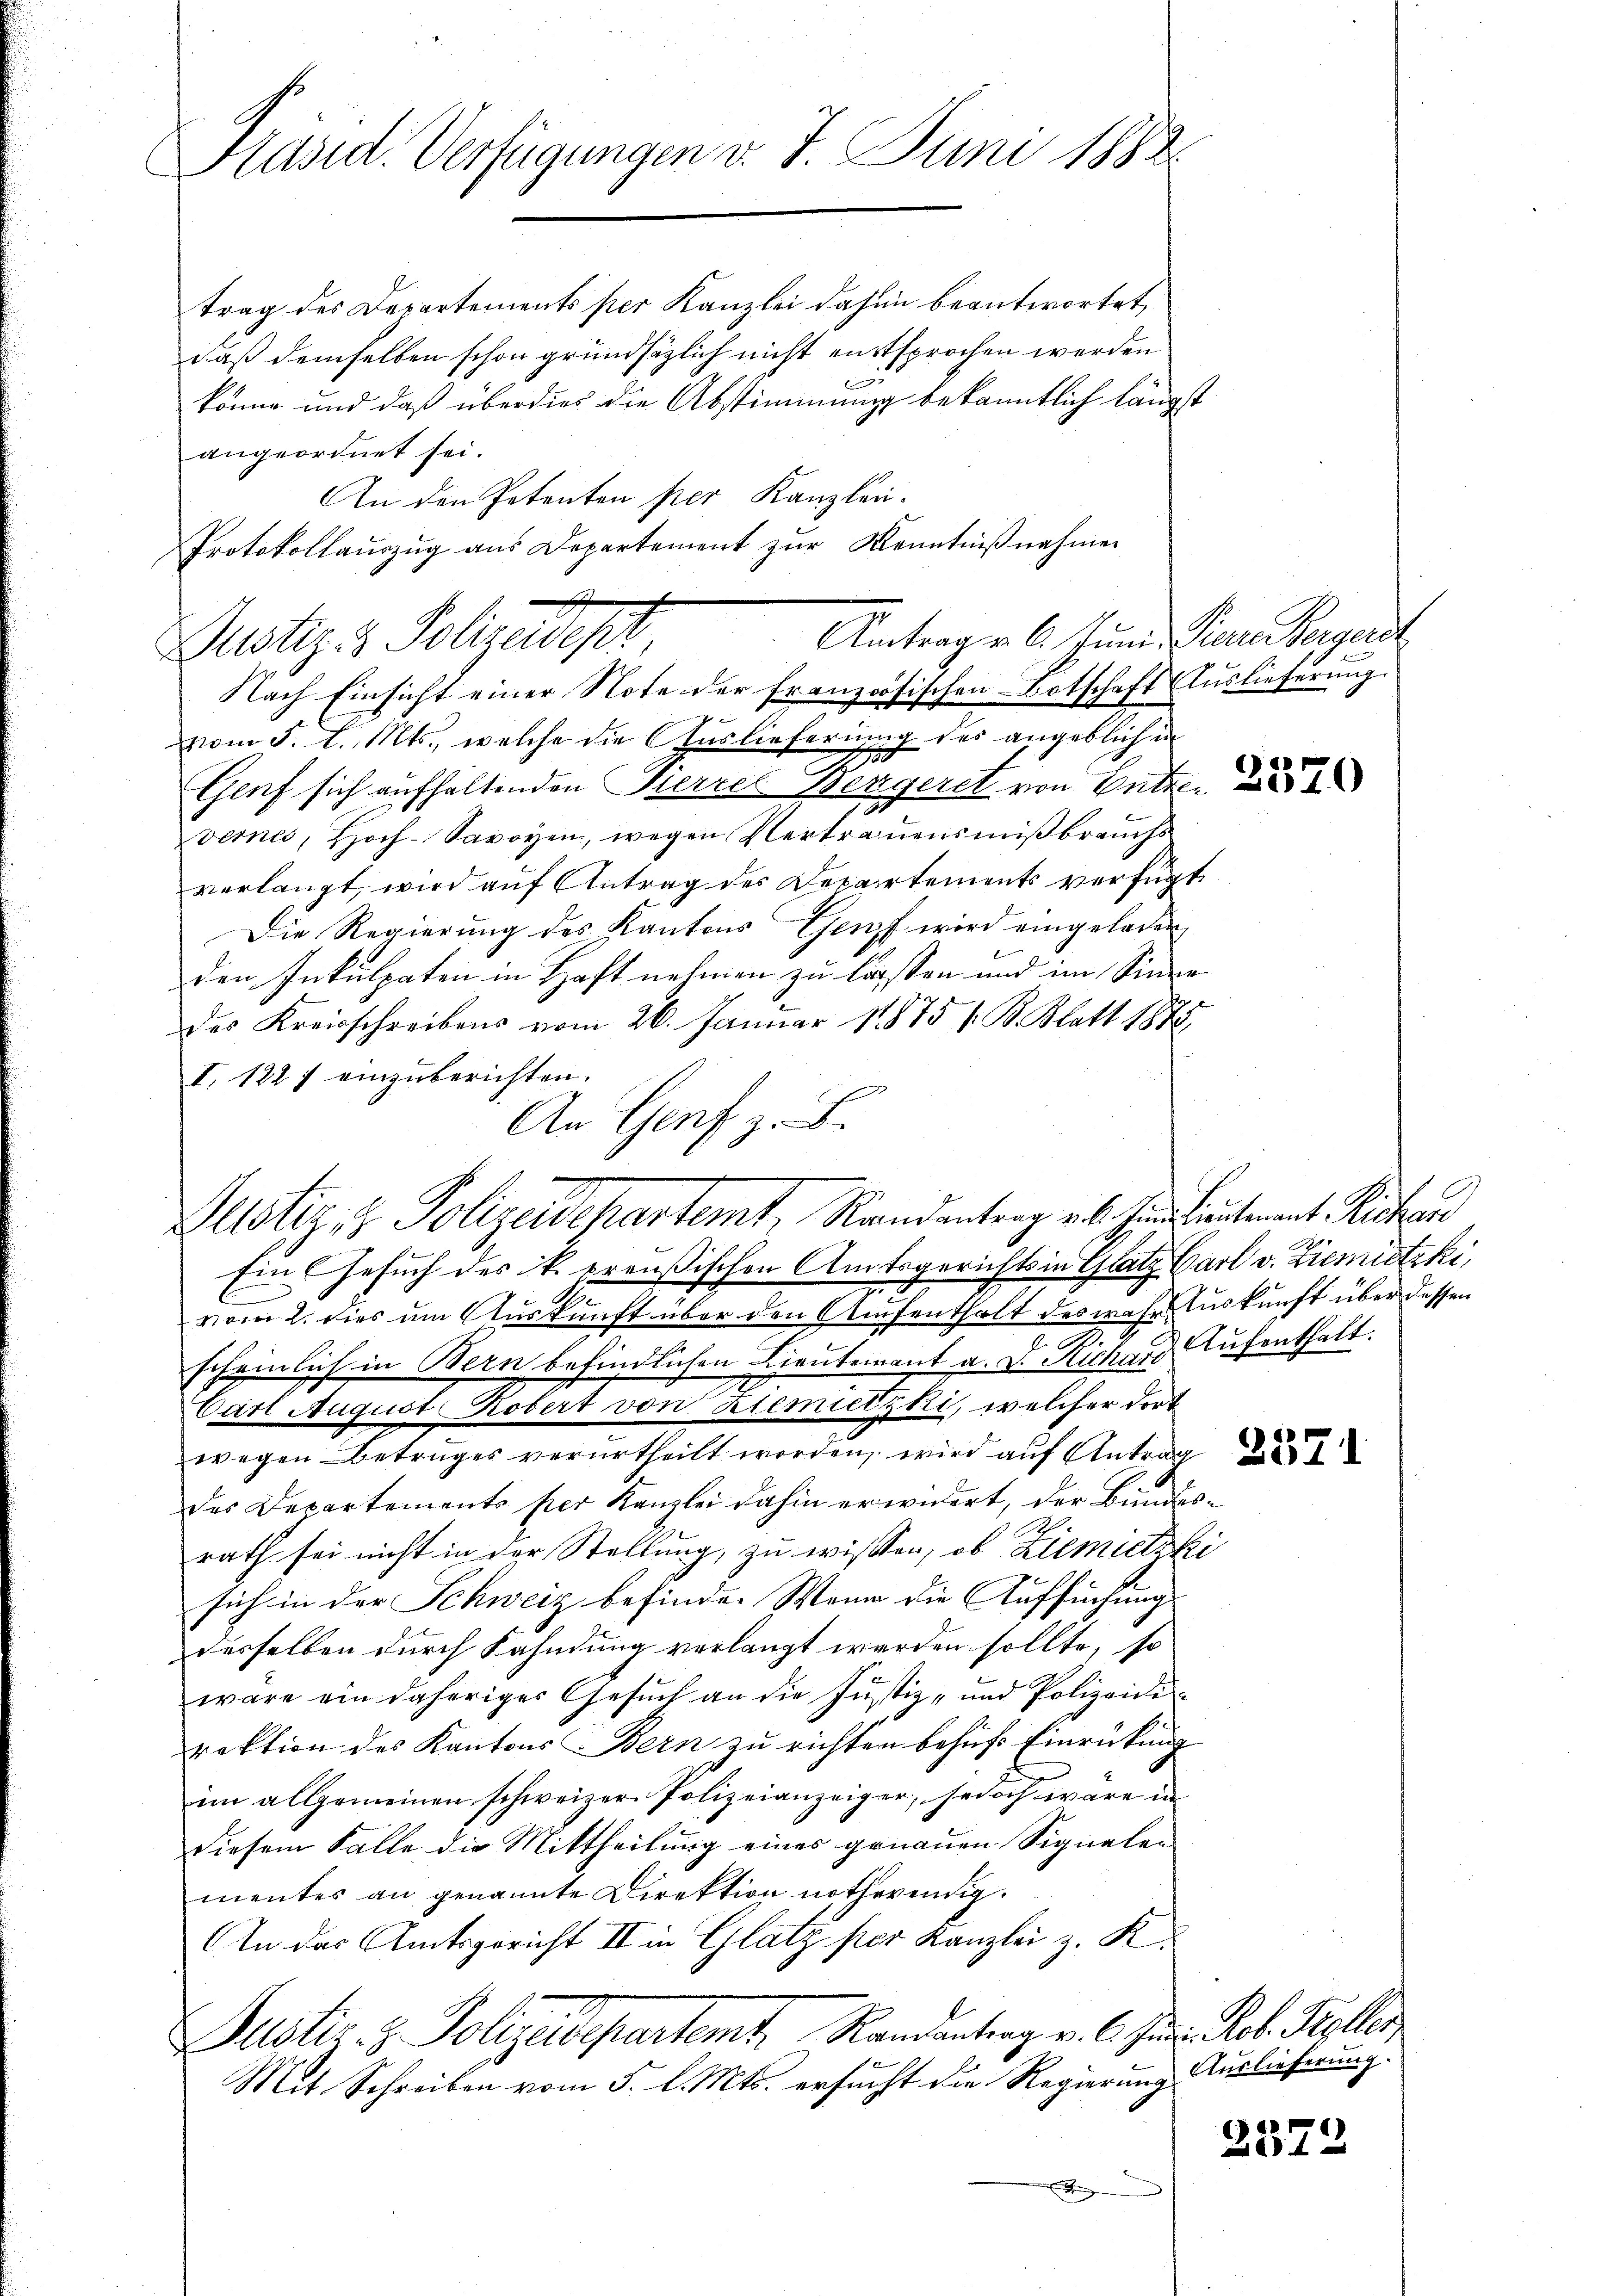
Präsid. Verfügungen v. 7. Juni 1882.

trag des Departements per Kanzlei dahin beantwortet
daß demselben schon grundsätzlich nicht entsprochen werden
könne und daß überdies die Abstimmung bekanntlich längst
angeordnet sei.
An den Petenten per Kanzlei-
Protokollaŭszŭg ans Departement zŭr Kenntniβnahmen

Antrag v. 6. Juni Tiere Vergerst
Dustiz & Polizeides,

Altstiz- & Polizeidepartemt, Randentrag v. 6. Juliantenant Richau

Nach Einsicht einer Note der französischen Botschaft Auslieferung.
vom 5. d. Mts., welche die Auslieferung des angeblich in
Genf sich aufhaltenden Pierres Bergeret von Entrevernes, Hoch-Savoyen, wegen Vertrauensmißbrauchs
verlangt, wird auf Antrag des Departements verfügt,
Die Regierung des Kantons Genf wird eingeladen
den Inkulpaten in Haft nehmen zu lassen und im Sinne
des Kreisschreibens vom 26. Januar 1875 s. B. Blatt 1878,
I. 1227 einzuberichten.
An Genf z. B.
Ein Gesuch des k. preußischen Amtsgerichts in Glatz Carl v. Ziemitzki,
vom 2. dies um Auskunft über den Aufenthalt des wahre Auskunft über dessen
scheinlich in Bern befindlichen Lieutenant a. D. Richard Aufenthalt.
Carl August Robert von Ziemitzki, welcher dort
wegen Betruges verurtheilt worden, wird auf Antrage
des Departements per Kanzlei dahin erwidert, der Bundesrath sei nicht in der Stellung, zu wissen, ob Ziemitzki
sich in der Schweiz befinde. Wenn die Aufsuchung
desselben durch Fahndung verlangt werden sollte, so
wäre ein daheriger Gesuch an die Justiz- und Polizeidirektion des Kantons Bern zu richten behufs Einrückung
im allgemeinen schweizer Polizeianzeiger, jedoch wäre in
diesem Falle die Mittheilung eines genauen Signalen
mentes an genannte Direktion nothwendig.
An das Amtsgericht II in Glatz per Kanzlei z. K
Justiz- & Polizeidepartemt. Randentrag v. 6. Jun. Rob. Koller
Mit Schreiben vom 5. l. Mts. ersucht die Regierung

3570

Auslieferung.

2379